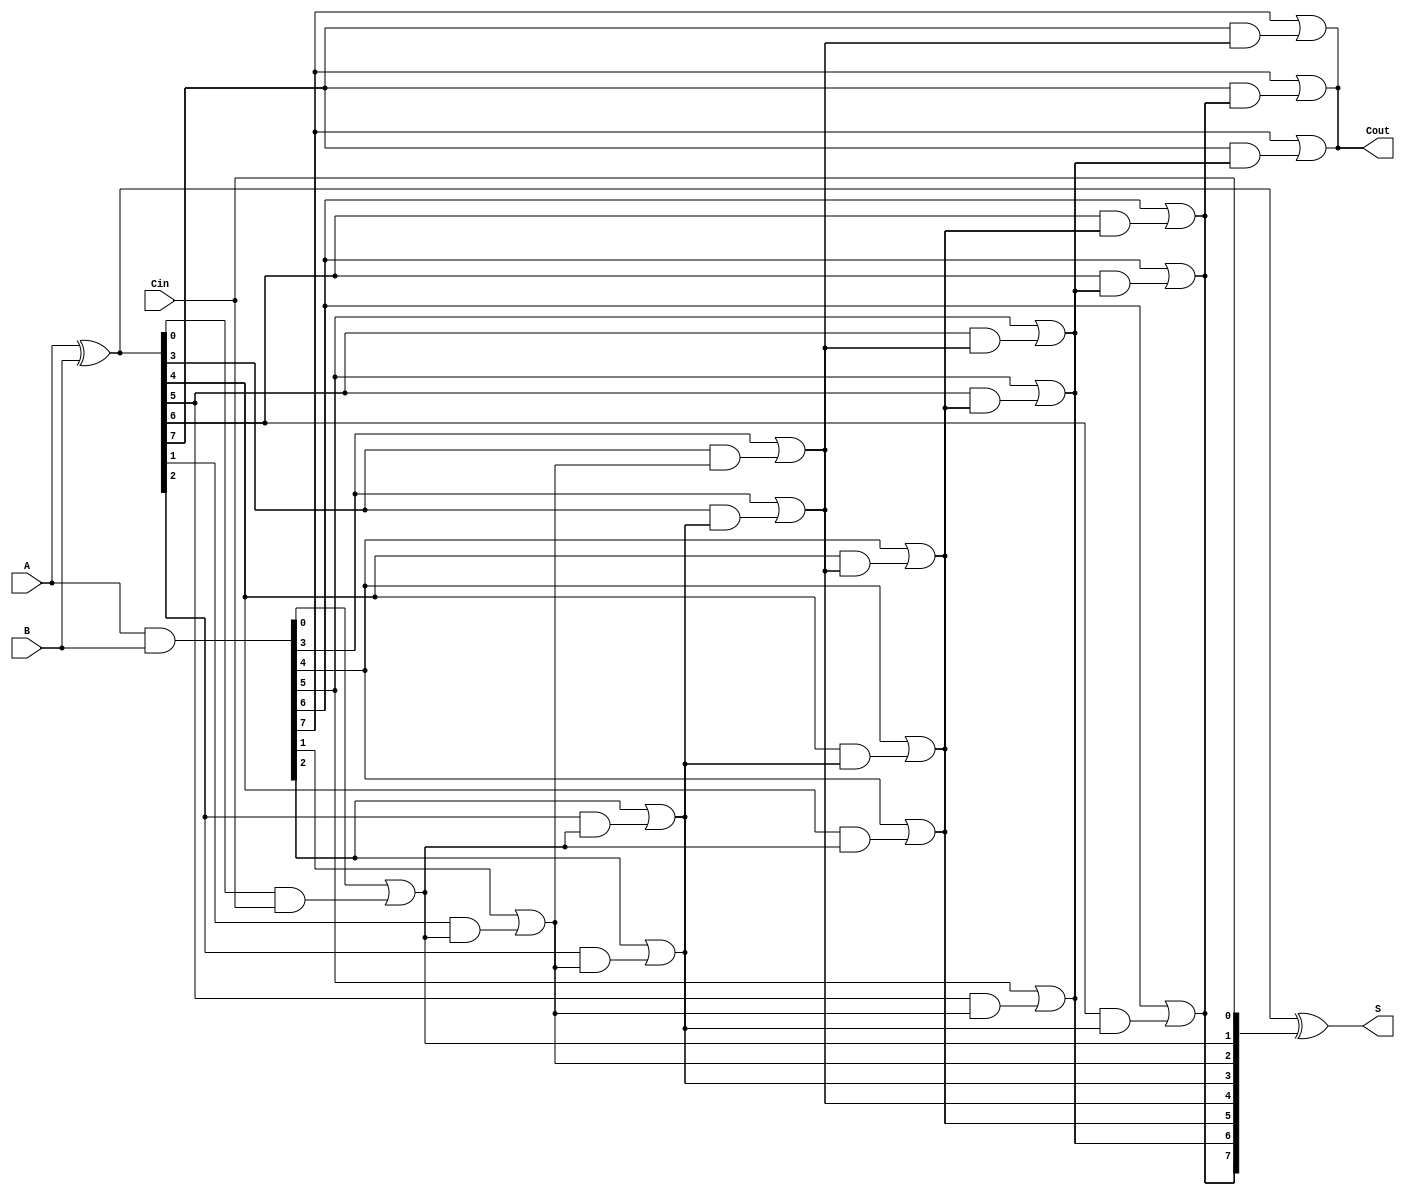
module KoggeStoneAdder #(parameter N = 8) (
    input  wire [N-1:0] A,
    input  wire [N-1:0] B,
    input  wire Cin,
    output wire [N-1:0] S,
    output wire Cout
);

    // Generate and Propagate signals
    wire [N-1:0] G; // Generate
    wire [N-1:0] P; // Propagate
    wire [N:0] C;   // Carry signals

    // Generate and Propagate calculations
    assign G = A & B;        // G[i] = A[i] & B[i]
    assign P = A ^ B;        // P[i] = A[i] ^ B[i]
    assign C[0] = Cin;       // Carry-in

    // Kogge-Stone carry generation
    genvar i, j, k;
    generate
        for (i = 0; i < N; i = i + 1) begin : stage
            // Initialize carry for the first stage
            if (i == 0) begin
                assign C[i + 1] = G[i] | (P[i] & C[0]);
            end else begin
                // Calculate carry for subsequent stages
                assign C[i + 1] = G[i] | (P[i] & C[i]);
            end
        end
        
        // Carry propagation stages
        for (k = 1; k < N; k = k * 2) begin : carry_stages
            for (j = 0; j < N; j = j + 1) begin : carry_stage
                if (j >= k) begin
                    assign C[j + 1] = G[j] | (P[j] & C[j - k + 1]);
                end
            end
        end
    endgenerate

    // Sum calculation
    assign S = P ^ C[N-1:0]; // S[i] = P[i] ^ C[i]

    // Final carry out
    assign Cout = C[N];

endmodule